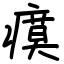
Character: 瘼